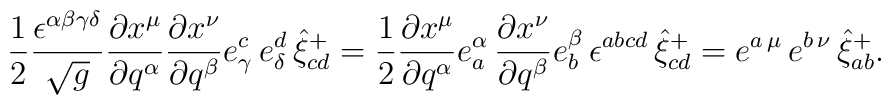
\frac 12\frac{\epsilon ^{\alpha \beta \gamma \delta }}{\sqrt{g}}\frac{\partial x^\mu }{\partial q^\alpha }\frac{\partial x^\nu }{\partial q^\beta }e_\gamma ^c\,e_\delta ^d\,\hat{\xi}_{cd}^{+}=\frac 12\frac{\partial x^\mu }{\partial q^\alpha }e_a^\alpha \,\frac{\partial x^\nu }{\partial q^\beta }e_b^\beta \,\epsilon ^{abcd}\,\hat{\xi}_{cd}^{+}=e^{a\,\mu }\,e^{b\,\nu }\, \hat{\xi}_{ab}^{+}.